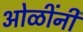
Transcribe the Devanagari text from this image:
ओळींनी